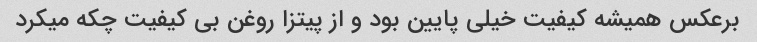
برعکس همیشه کیفیت خیلی پایین بود و از پیتزا روغن بی کیفیت چکه میکرد